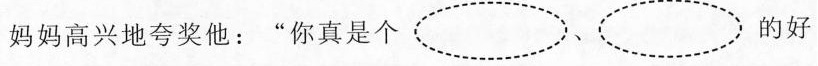
妈妈高兴地夸奖他：“你真是个 的好